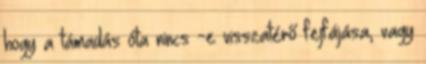
hogy a támadás óta nincs -e visszatérő fejfájása, vagy